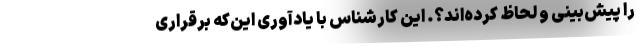
را پیش‌بینی و لحاظ کرده‌اند؟. این کارشناس با یادآوری این‌که برقراری